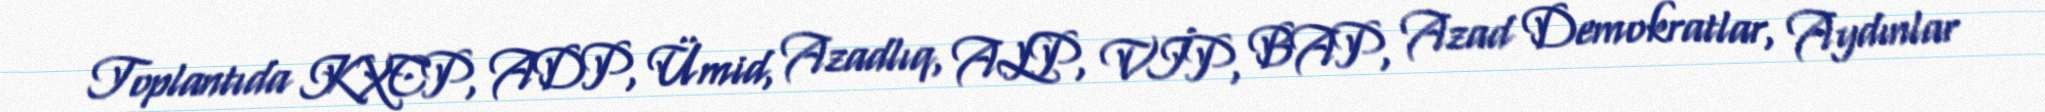
Toplantıda KXCP, ADP, Ümid, Azadlıq, ALP, VİP, BAP, Azad Demokratlar, Aydınlar